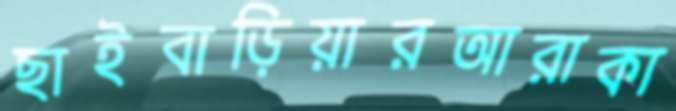
ছাইবাড়িয়ারআরাকা